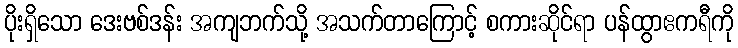
ပိုးရှိသော ဒေးဗစ်ဒန်း အကျဘက်သို့ အသက်တာကြောင့် စကားဆိုင်ရာ ပန်ထွာဧကရီကို